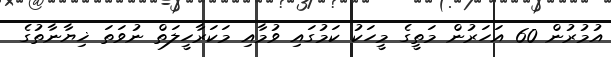
އުމުރުން 60 އަހަރުން މަތީގެ މީހަކު ކަމުގައި ވުމާއި މަކަރާހީލަތް ނުވަތަ ޚިޔާނާތުގެ